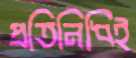
প্রতিনিধিই